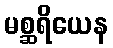
မစ္ဆရိယေန